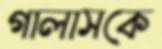
গালাসকে